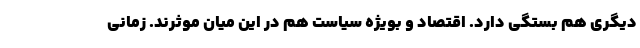
دیگری هم بستگی دارد. اقتصاد و بویژه سیاست هم در این میان موثرند. زمانی